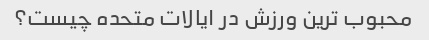
محبوب ترین ورزش در ایالات متحده چیست؟